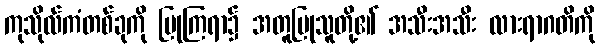
ကုသိုလ်ကံတစ်ခုကို ပြုကြရာ၌ အတူပြုသူတို့၏ အသီးအသီး လားရာဂတိကို